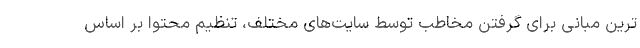
ترین مبانی برای گرفتن مخاطب توسط سایت‌های مختلف، تنظیم محتوا بر اساس